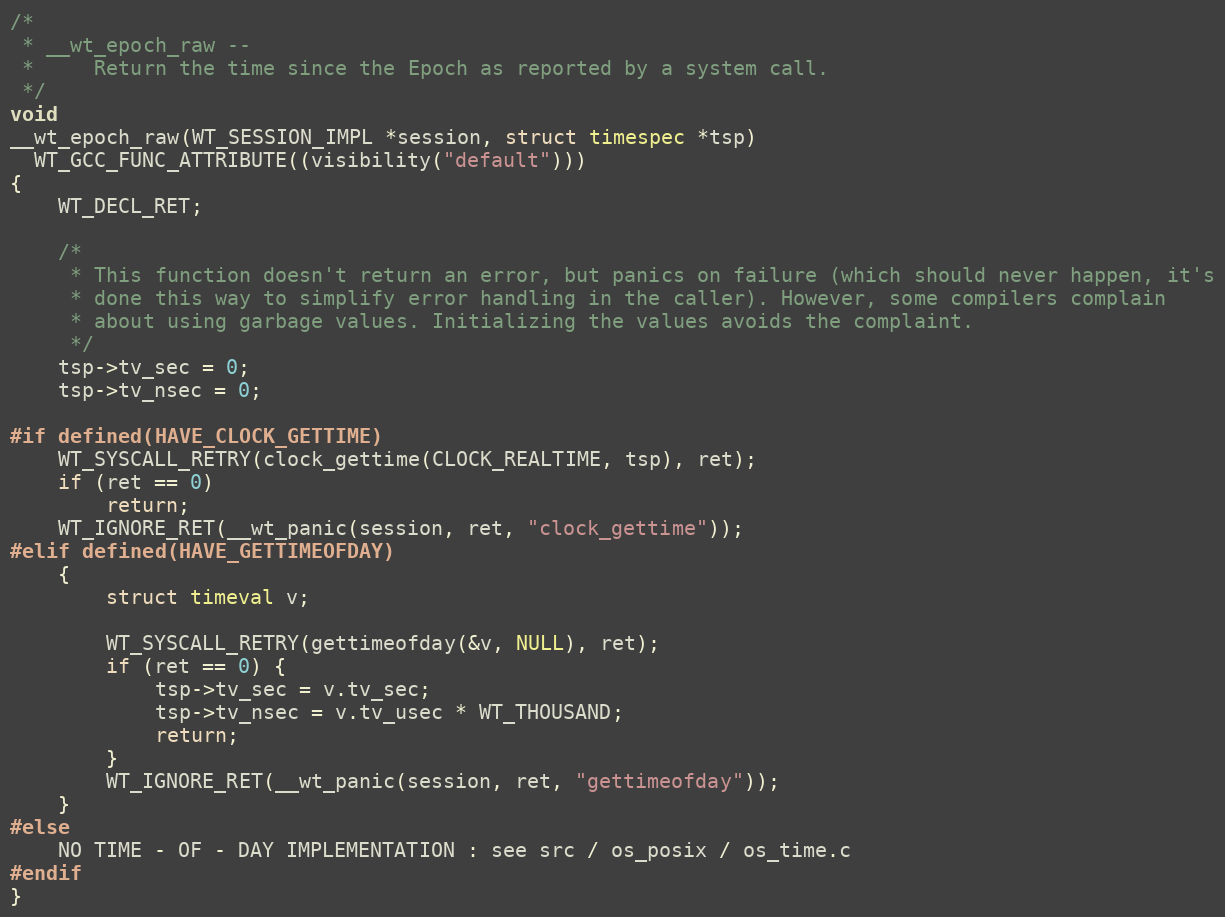
Language: C
/*
 * __wt_epoch_raw --
 *     Return the time since the Epoch as reported by a system call.
 */
void
__wt_epoch_raw(WT_SESSION_IMPL *session, struct timespec *tsp)
  WT_GCC_FUNC_ATTRIBUTE((visibility("default")))
{
    WT_DECL_RET;

    /*
     * This function doesn't return an error, but panics on failure (which should never happen, it's
     * done this way to simplify error handling in the caller). However, some compilers complain
     * about using garbage values. Initializing the values avoids the complaint.
     */
    tsp->tv_sec = 0;
    tsp->tv_nsec = 0;

#if defined(HAVE_CLOCK_GETTIME)
    WT_SYSCALL_RETRY(clock_gettime(CLOCK_REALTIME, tsp), ret);
    if (ret == 0)
        return;
    WT_IGNORE_RET(__wt_panic(session, ret, "clock_gettime"));
#elif defined(HAVE_GETTIMEOFDAY)
    {
        struct timeval v;

        WT_SYSCALL_RETRY(gettimeofday(&v, NULL), ret);
        if (ret == 0) {
            tsp->tv_sec = v.tv_sec;
            tsp->tv_nsec = v.tv_usec * WT_THOUSAND;
            return;
        }
        WT_IGNORE_RET(__wt_panic(session, ret, "gettimeofday"));
    }
#else
    NO TIME - OF - DAY IMPLEMENTATION : see src / os_posix / os_time.c
#endif
}